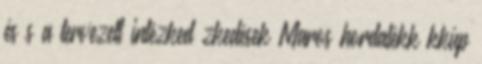
és s a tervezett intézked zkedések Maros hordalékk kkúp